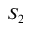
S _ { 2 }